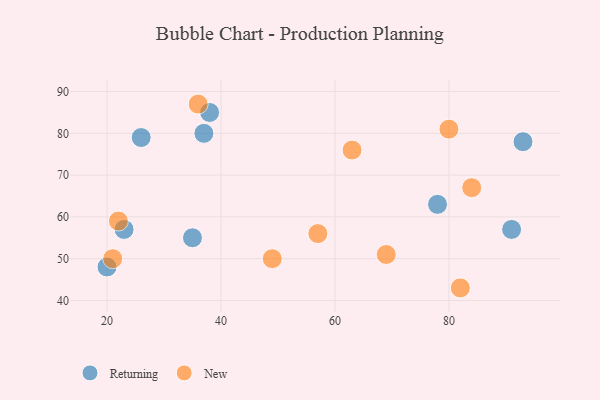
{"axis": {"x": "GDP", "y": "Life Expectancy"}, "legend": ["New", "Returning"], "data": [{"x": "20", "y": 48, "type": "Returning"}, {"x": "93", "y": 78, "type": "Returning"}, {"x": "37", "y": 80, "type": "Returning"}, {"x": "35", "y": 55, "type": "Returning"}, {"x": "38", "y": 85, "type": "Returning"}, {"x": "26", "y": 79, "type": "Returning"}, {"x": "91", "y": 57, "type": "Returning"}, {"x": "78", "y": 63, "type": "Returning"}, {"x": "23", "y": 57, "type": "Returning"}, {"x": "36", "y": 87, "type": "New"}, {"x": "21", "y": 50, "type": "New"}, {"x": "80", "y": 81, "type": "New"}, {"x": "63", "y": 76, "type": "New"}, {"x": "84", "y": 67, "type": "New"}, {"x": "49", "y": 50, "type": "New"}, {"x": "22", "y": 59, "type": "New"}, {"x": "82", "y": 43, "type": "New"}, {"x": "69", "y": 51, "type": "New"}, {"x": "57", "y": 56, "type": "New"}]}